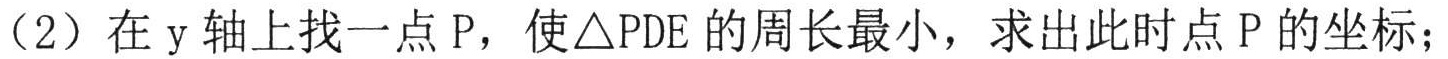
（2）在\(y\)轴上找一点\(P\)，使\(\triangle PDE\)的周长最小，求出此时点\(P\)的坐标；